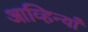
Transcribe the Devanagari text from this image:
आव्हिन्याँ